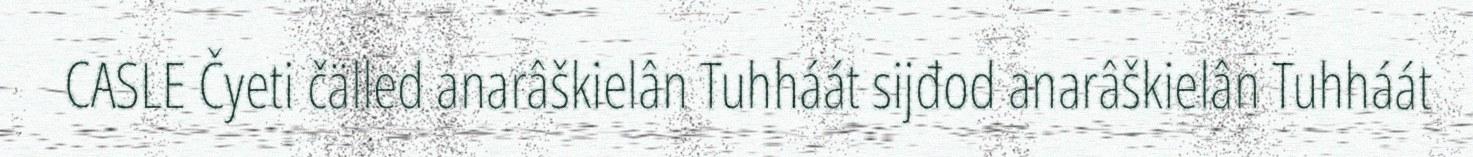
CASLE Čyeti čälled anarâškielân Tuhháát sijđod anarâškielân Tuhháát